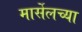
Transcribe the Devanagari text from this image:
मार्सेलच्या